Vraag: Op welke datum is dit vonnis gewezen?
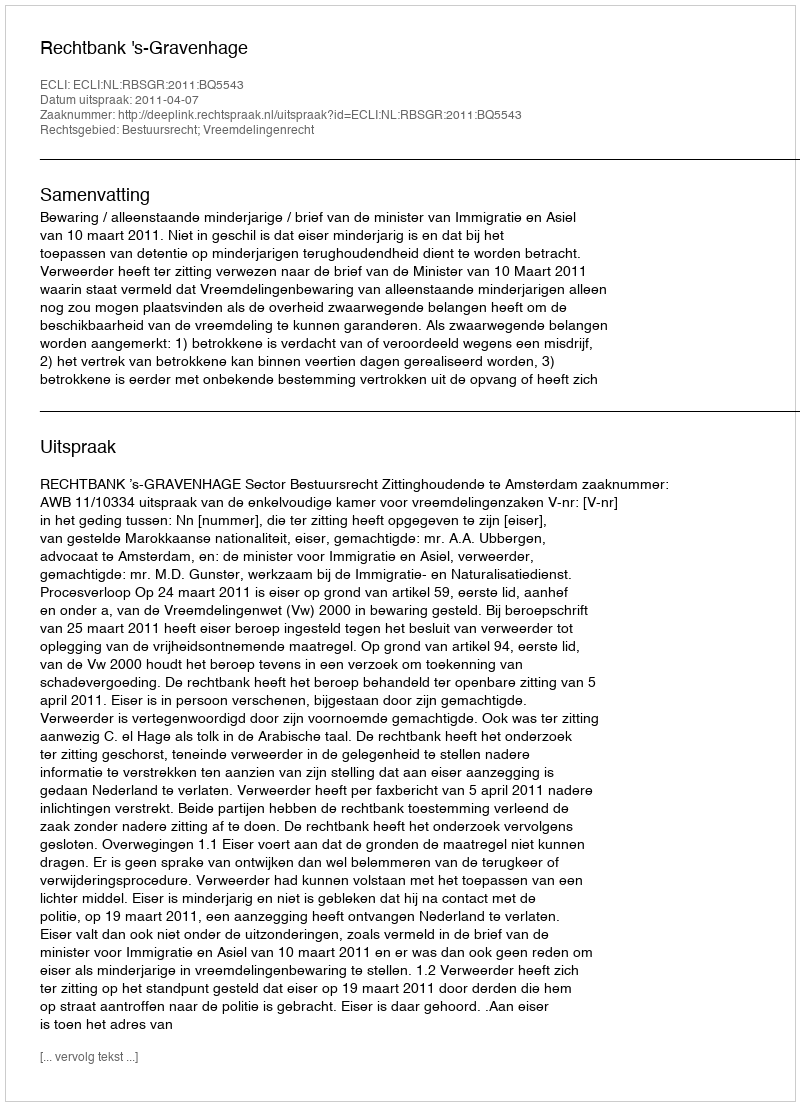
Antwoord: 2011-04-07